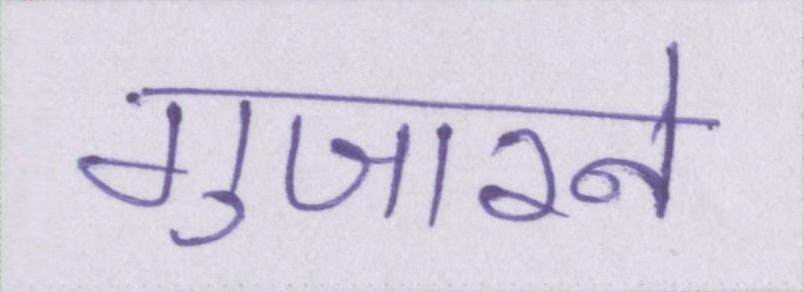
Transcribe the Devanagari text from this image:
गुजारने